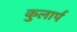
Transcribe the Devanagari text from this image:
कुलार्प